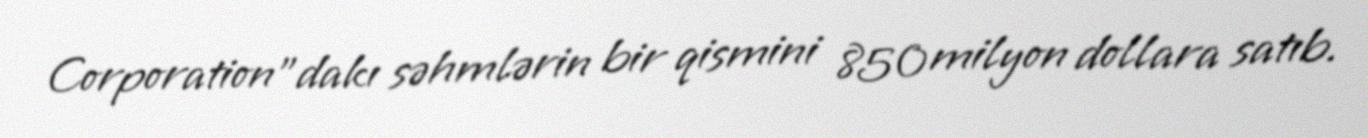
Corporation”dakı səhmlərin bir qismini 850 milyon dollara satıb.